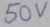
Text: 50V